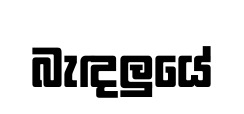
බැඳලුයේ